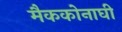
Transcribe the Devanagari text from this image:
मैककोनाघी